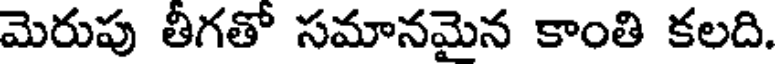
మెరుపు తీగతో సమానమైన కాంతి కలది.